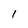
Character: 1